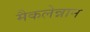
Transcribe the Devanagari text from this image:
मैकलेन्नान